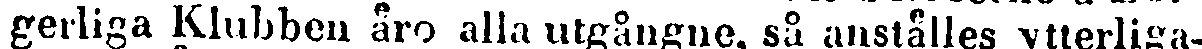
gerliga Klubben äro alla utgångne, så anställes ytterliga-